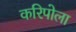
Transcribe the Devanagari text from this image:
करिपोला